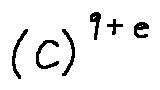
( C ) ^ { 9 + e }